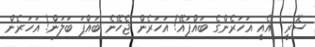
ސޮރީ  އެއީ އަހަރެންގެ ބައްޕައޭ! އަހަރެން ޖެހޭނެ ބައްޕަ ބަލަން! އަހަރެން